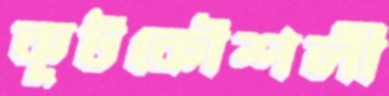
কূটকৌশলী